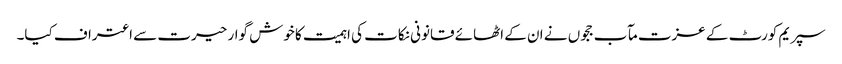
سپریم کورٹ کے عزت مآب ججوں نے ان کے اٹھائے قانونی نکات کی اہمیت کا خوش گوار حیرت سے اعتراف کیا۔